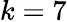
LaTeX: k=7